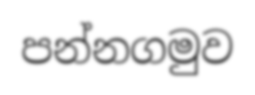
පන්නගමුව